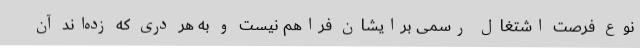
نوع فرصت اشتغال رسمی برایشان فراهم نیست و به هر دری که زده‌اند آن